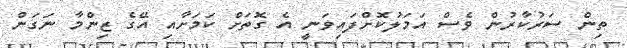
ތިން ސަރުކާރުން ވެސް އަމަލުކޮށްފައިވަނީ އެ ގޮތަށް ކަމަށާއި އޭގެ ޒިންމާ ނަގަން